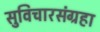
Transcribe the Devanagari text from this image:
सुविचारसंग्रहा